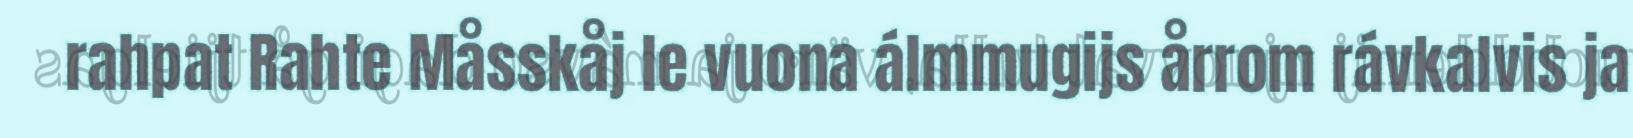
rahpat Rahte Måsskåj le vuona álmmugijs årrom rávkalvis ja